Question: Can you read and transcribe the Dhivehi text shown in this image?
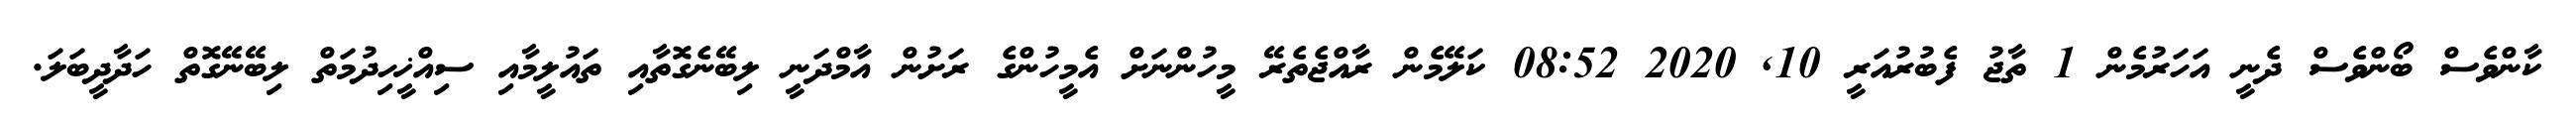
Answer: ކާންވެސް ބޯންވެސް ދެނީ އަހަރުމެން 1 ތާޖު ފެބުރުއަރީ 10, 2020 08:52 ކަލޭމެން ރާއްޖެތެރޭ މީހުންނަށް އެމީހުންގެ ރަށުން އާމްދަނީ ލިބޭނެގޮތާއި ތައުލީމާއި ސިއްޚީހިދުމަތް ލިބޭނޭގޮތް ހަދާދީބަލަ.